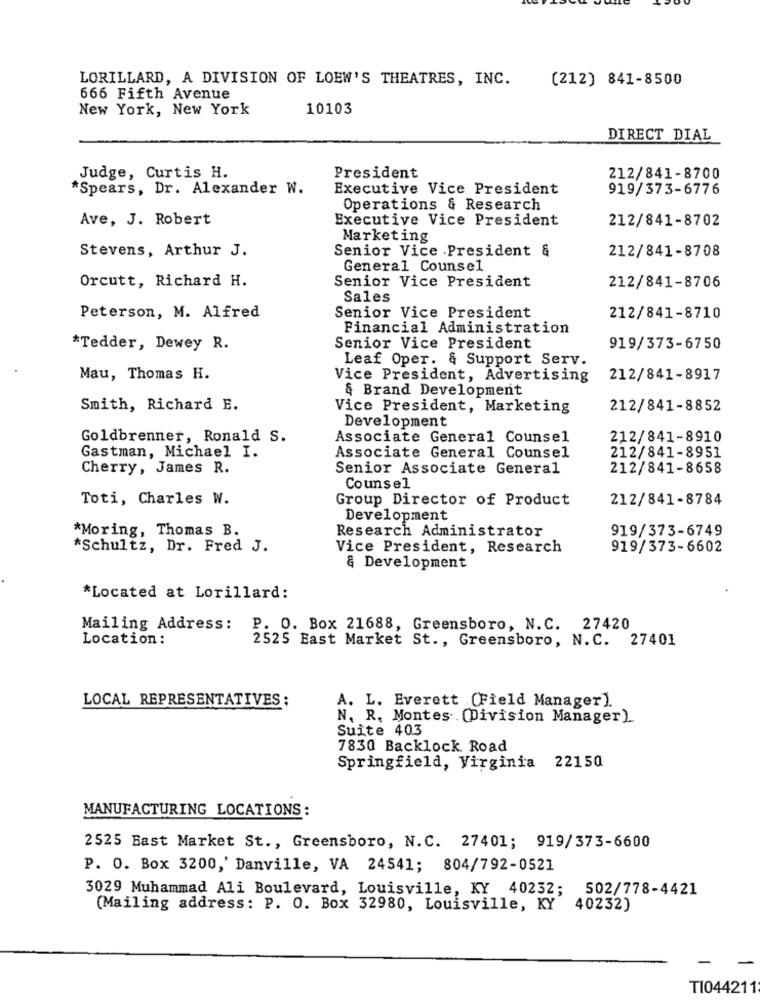
LORILLARD, A DIVISION OF LOEW'S THEATRES, INC.
(212) 841-8500
666 Fifth Avenue
New York, New York
10103
DIRECT DIAL
Judge, Curtis H.
President
212/841-8700
*Spears, Dr. Alexander W.
Executive Vice President
919/373-6776
Operations & Research
Ave, J. Robert
Executive Vice President
212/841-8702
Marketing
Stevens, Arthur J.
Senior Vice President &
212/841-8708
General Counsel
Orcutt, Richard H.
Senior Vice President
212/841-8706
Sales
Peterson, M. Alfred
Senior Vice President
212/841-8710
Financial Administration
*Tedder, Dewey R.
Senior Vice President
919/373-6750
Leaf Oper. & Support Serv.
Mau, Thomas H.
Vice President, Advertising
212/841-8917
& Brand Development
Smith, Richard E.
Vice President, Marketing
212/841-8852
Development
Goldbrenner, Ronald S.
Associate General Counsel
212/841-8910
Gastman, Michael I.
Associate General Counsel
212/841-8951
Cherry, James R.
Senior Associate General
212/841-8658
Counsel
Toti, Charles W.
Group Director of Product
212/841-8784
Development
*Moring, Thomas B.
Research Administrator
919/373-6749
*Schultz, Dr. Fred J.
Vice President, Research
919/373-6602
& Development
*Located at Lorillard:
Mailing Address:
P. O. Box 21688, Greensboro, N.C. 27420
Location :
2525 East Market St ., Greensboro, N.C. 27401
LOCAL REPRESENTATIVES;
A. L. Everett (Field Manager).
N. R. Montes .(Division Manager)
Suite 403
7830 Backlock. Road
Springfield, Virginia 22150
MANUFACTURING LOCATIONS:
2525 Bast Market St ., Greensboro, N.C. 27401; 919/373-6600
P. O. Box 3200,' Danville, VA 24541; 804/792-0521
3029 Muhammad Ali Boulevard, Louisville, KY 40232;
502/778-4421
(Mailing address: P. O. Box 32980, Louisville, KY 40232)
TI044211